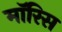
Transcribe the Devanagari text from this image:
माॅरिस